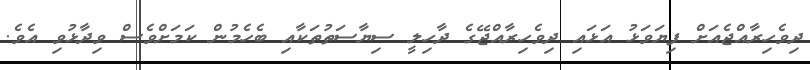
ދިވެހިރާއްޖެއަށް ފިޔަވަޅު އަޅައި ދިވެހިރާއްޖޭގެ ދާހިލީ ސިޔާސަތުތަކާއި ބެހެމުން ކަމަށްވެސް ވިދާޅުވި އެވެ.